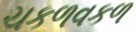
ચકળવકળ